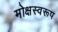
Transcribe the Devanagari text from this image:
मोक्षस्वरूप